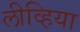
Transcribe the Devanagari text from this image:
लीव्हिया